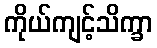
ကိုယ်ကျင့်သိက္ခာ